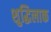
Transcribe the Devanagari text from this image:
शुद्धिलाक